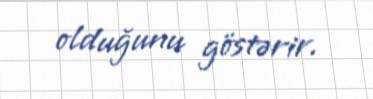
olduğunu göstərir.